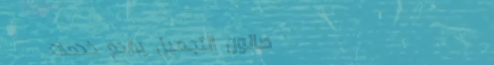
صالون التجميل يقدم خدمات